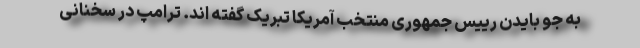
به جو بایدن رییس جمهوری منتخب آمریکا تبریک گفته اند. ترامپ در سخنانی